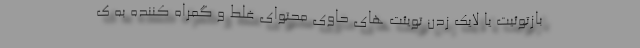
بازتوئیت یا لایک زدن تویئت های حاوی محتوای غلط و گمراه کننده به ک